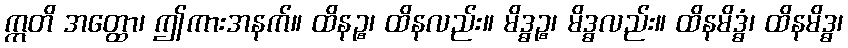
ဣတိ အတ္ထော၊ ဤကားအနက်။ ထိနဉ္စ၊ ထိနလည်း။ မိဒ္ဓဉ္စ၊ မိဒ္ဓလည်း။ ထိနမိဒ္ဓံ၊ ထိနမိဒ္ဓ၊